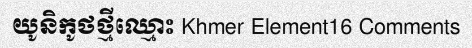
យូនិកូថថ្មីឈ្មោះ Khmer Element16 Comments